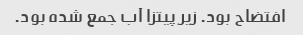
افتضاح بود. زیر پیتزا آب جمع شده بود.